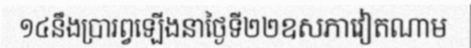
១៤នឹងប្រារព្វឡើងនាថ្ងៃទី២២ឧសភាវៀតណាម